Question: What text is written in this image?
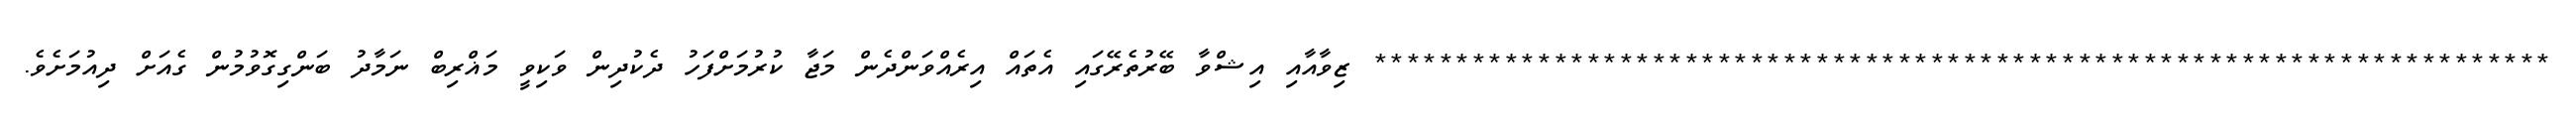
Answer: ************************************************************************ ޒިވާއާއި އިޝްވާ ބޭރުތެރޭގައި އެތައް އިރެއްވަންދެން މަޖާ ކުރުމަށްފަހު ދެކުދިން ވަކިވީ މަޣްރިބް ނަމާދު ބަންގިގޮވުމުން ގެއަށް ދިއުމަށެވެ.